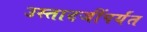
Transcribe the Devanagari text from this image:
उस्तादजींपर्यंत